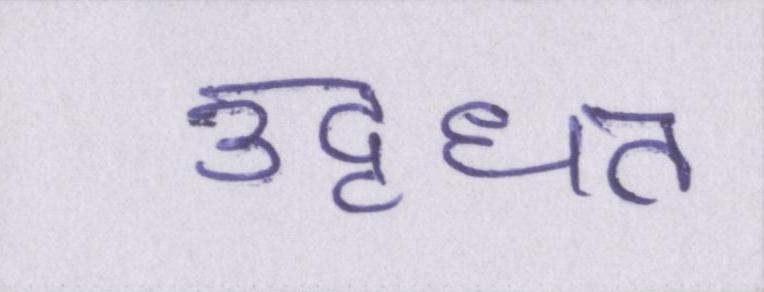
उद्धृत